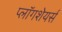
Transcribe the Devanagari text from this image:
प्लॉगशेयर्स